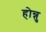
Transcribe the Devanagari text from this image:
होन्नु